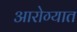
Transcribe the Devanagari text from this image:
आरोग्यात